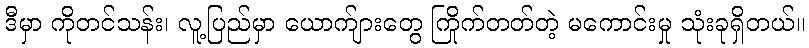
ဒီမှာ ကိုတင်သန်း၊ လူ့ပြည်မှာ ယောက်ျားတွေ ကြိုက်တတ်တဲ့ မကောင်းမှု သုံးခုရှိတယ်။